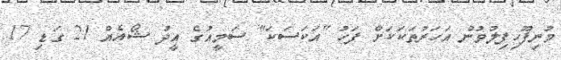
މުނިފޫހިފިލުވުން އަހަރުތަކަކަށް ފަހު "އަކަސަކަ" ސަމީއުގެ އީދު ޝޯއެއް 21 ގަޑި 17